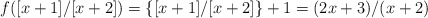
\begin{align*} f([x+1]/[x+2])=\{[x+1]/[x+2]\}+1=(2x+3)/(x+2) \end{align*}